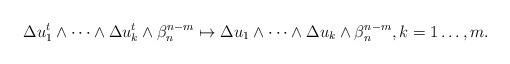
LaTeX: \begin{align*} \begin{aligned}\Delta u_1^t\wedge\dots\wedge\Delta u_k^t&\wedge\beta_n^{n-m}\mapsto\Delta u_1\wedge\dots\wedge\Delta u_k\wedge\beta_n^{n-m}, k=1\dots ,m.\end{aligned} \end{align*}